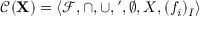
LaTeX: { \mathcal { C } } ( \mathbf { X } ) = \langle { \mathcal { F } } , \cap , \cup , \prime , \emptyset , X , ( f _ { i } ) _ { I } \rangle